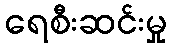
ရေစီးဆင်းမှု